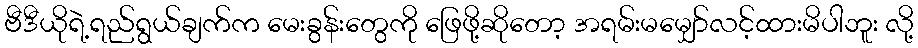
ဗီဒီယိုရဲ့ရည်ရွယ်ချက်က မေးခွန်းတွေကို ဖြေဖို့ဆိုတော့ အရမ်းမမျှော်လင့်ထားမိပါဘူး လို့